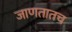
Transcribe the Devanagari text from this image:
जाणतातच